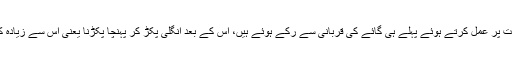
مسلمان شریعت کی رخصت پر عمل کرتے ہوئے پہلے ہی گائے کی قربانی سے رکے ہوئے ہیں، اس کے بعد انگلی پکڑ کر پہُنچا پکڑنا یعنی اس سے زیادہ کی توقع کرنا بے سود ہے۔